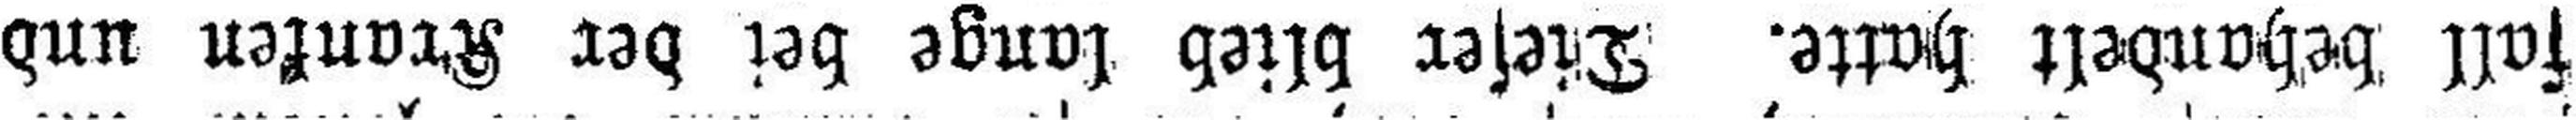
fall behandelt hatte. Dieser blieb lange bei der Kranken und